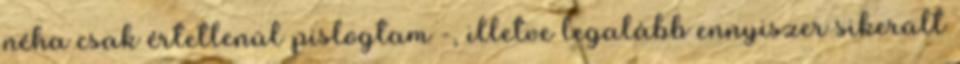
néha csak értetlenül pislogtam -, illetve legalább ennyiszer sikerült